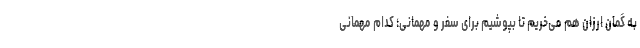
به گُمان‌ ارزان هم می‌خریم تا بپوشیم برای سفر و مهمانی؛ کدام مهمانی